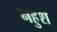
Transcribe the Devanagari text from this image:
नहुश